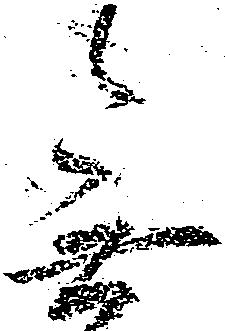
無